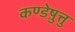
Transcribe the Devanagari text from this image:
कण्डेष़ुत्तु